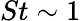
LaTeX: St\sim 1